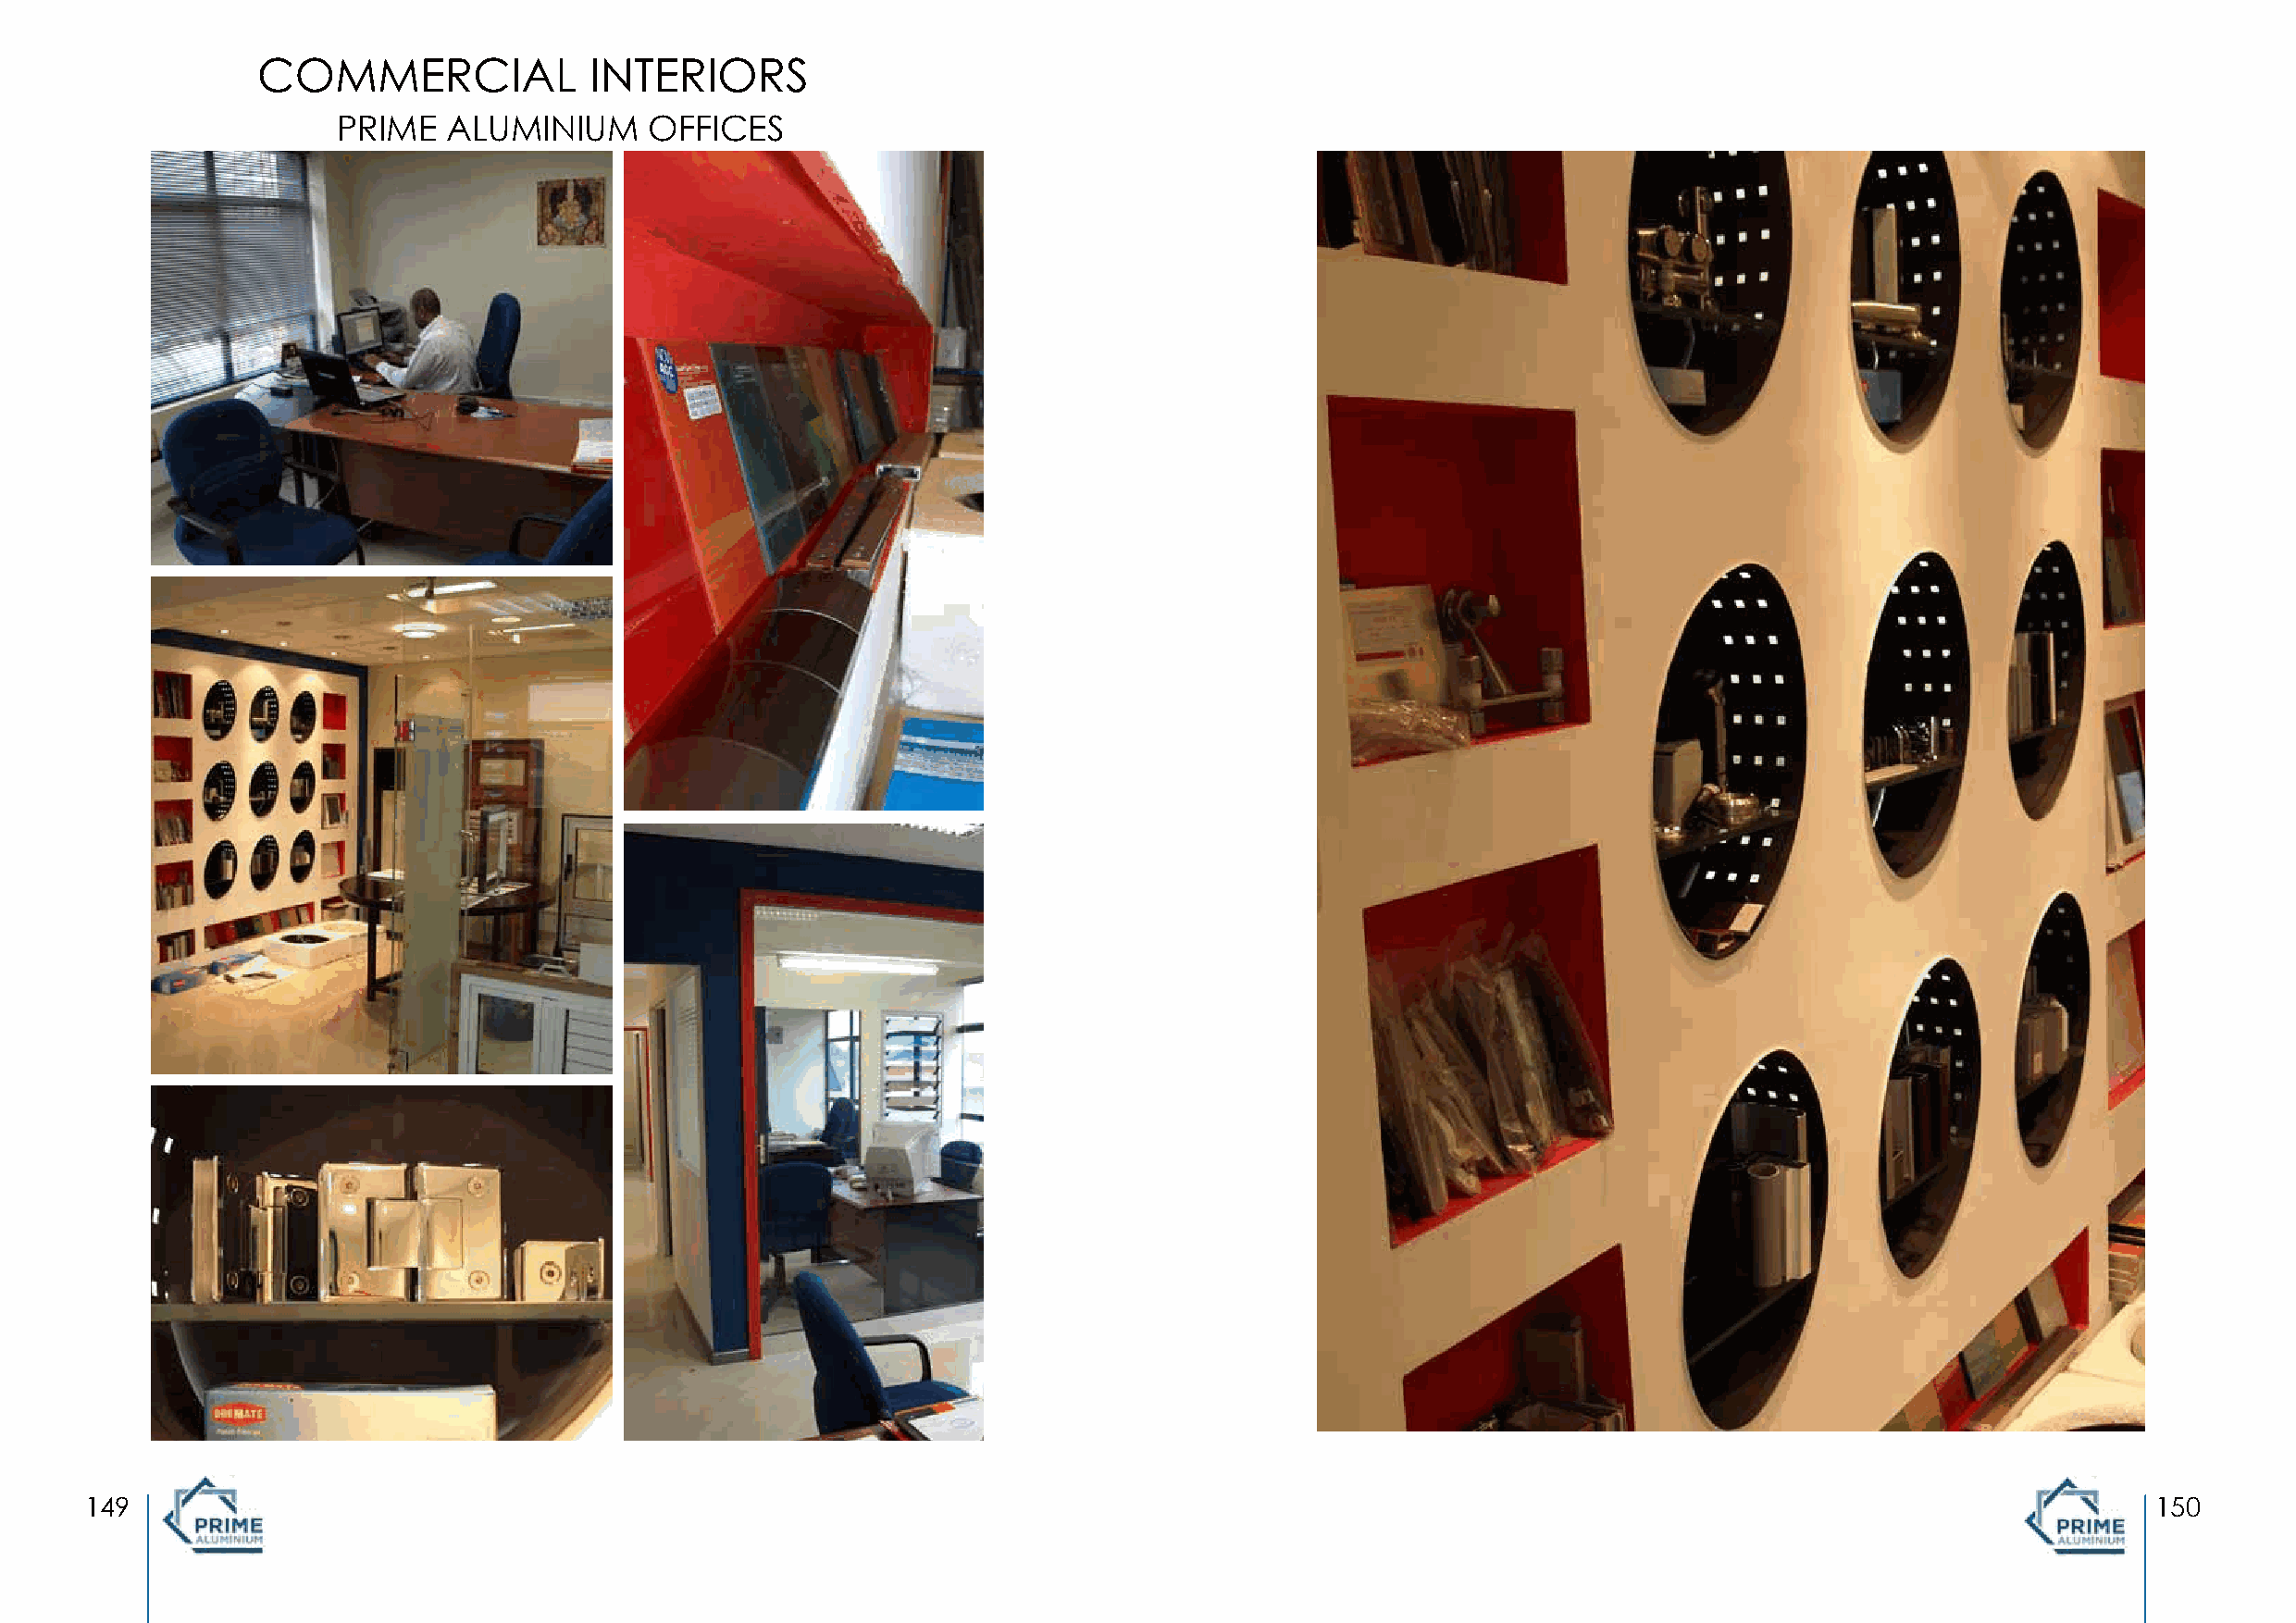
COMMERCIAL              INTERIORS
 PRIME   ALUMINIUM     OFFICES
 149                                                                                                                                                 150